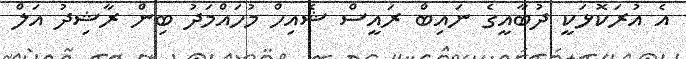
އެ އުރަކޮޅަކީ ދުބާއީގެ ނައިބް ރައީސް ޝެއިހް މުހައްމަދު ބިން ރާޝިދު އަލް